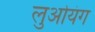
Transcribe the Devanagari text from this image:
लुओयंग